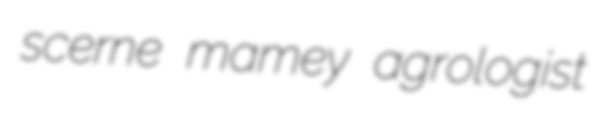
scerne mamey agrologist